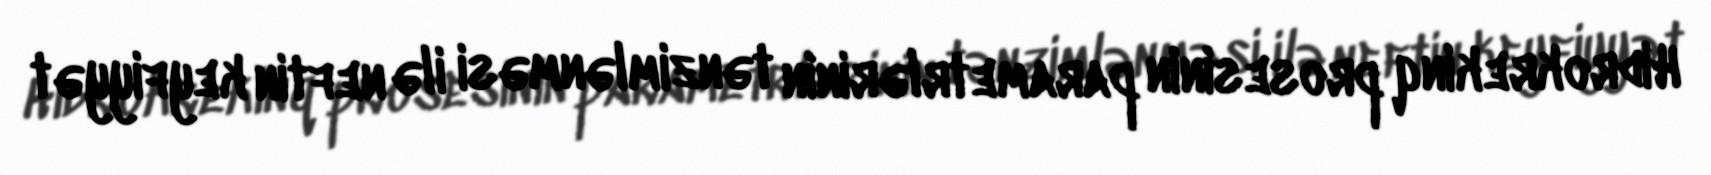
Hidrokrekinq prosesinin parametrlərinin tənzimlənməsi ilə neftin keyfiyyət